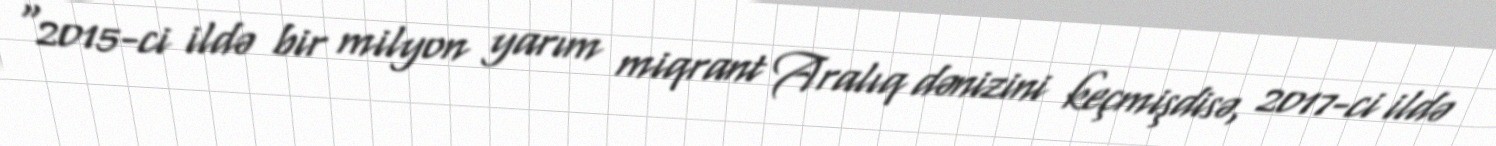
"2015-ci ildə bir milyon yarım miqrant Aralıq dənizini keçmişdisə, 2017-ci ildə